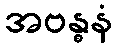
အဗန္ဓနံ